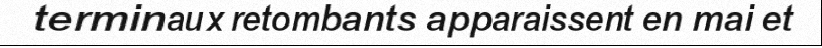
terminaux retombants apparaissent en mai et